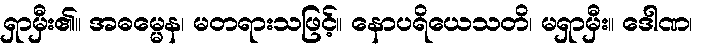
ရှာမှီး၏။ အဓမ္မေန၊ မတရားသဖြင့်။ နောပရိယေသတိ၊ မရှာမှီး။ ဒေါဏ၊